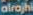
alrajhi